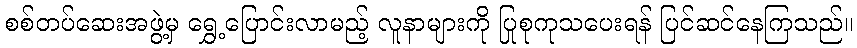
စစ်တပ်ဆေးအဖွဲ့မှ ရွှေ့ပြောင်းလာမည့် လူနာများကို ပြုစုကုသပေးရန် ပြင်ဆင်နေကြသည်။